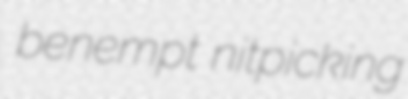
benempt nitpicking